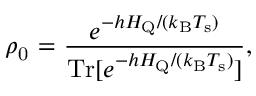
\rho _ { \mathrm { 0 } } ~ { = } ~ \frac { e ^ { - h H _ { \mathrm { Q } } / ( k _ { \mathrm { B } } T _ { \mathrm { s } } ) } } { \mathrm { T r } [ e ^ { - h H _ { \mathrm { Q } } / ( k _ { \mathrm { B } } T _ { \mathrm { s } } ) } ] } ,